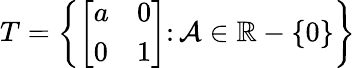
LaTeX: T=\left\{ {\left[\begin{array}{ll}{a}&{0}\\ {0}&{1}\end{array}\right]}\colon\mathcal{A}\in\mathbb{{R}}-\{ 0\} \right\}